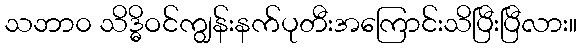
သဘာ၀ သိဒ္ဓိဝင်ကျွန်းနက်ပုတီးအကြောင်းသိပြီးပြီလား။